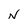
Character: N